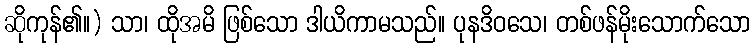
ဆိုကုန်၏။) သာ၊ ထိုအမိ ဖြစ်သော ဒါယိကာမသည်။ ပုနဒိဝသေ၊ တစ်ဖန်မိုးသောက်သော